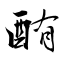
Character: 酭